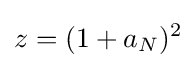
z=(1+a_{N})^{2}